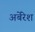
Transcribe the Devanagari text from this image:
अर्बेरेश